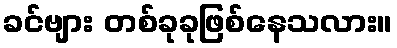
ခင်ဗျား တစ်ခုခုဖြစ်နေသလား။